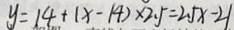
y = 1 4 + ( x - 1 4 ) \times 2 . 5 = 2 . 5 x - 2 1